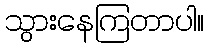
သွားနေကြတာပါ။